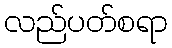
လည်ပတ်စရာ